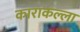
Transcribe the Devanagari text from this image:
काराकल्ला